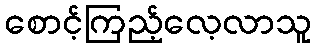
စောင့်ကြည့်လေ့လာသူ